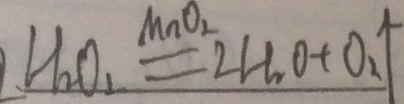
H _ { 2 } O _ { 2 } \xlongequal { M n O _ { 2 } } 2 H _ { 2 } O + O _ { 2 } \uparrow